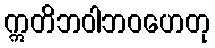
ဣတိဘဝါဘဝဟေတု